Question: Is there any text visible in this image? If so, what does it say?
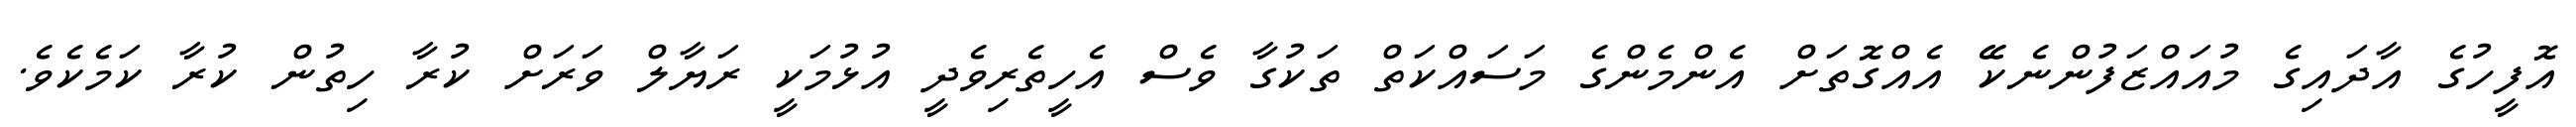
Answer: އޮފީހުގެ އާދައިގެ މުއައްޒަފުންނެކޭޭ އެއްގޮތަށް އެންމެންގެ މަސައްކަތް ތަކުގާ ވެސް އެހީތެރިވެދީ އުޅުމަކީ ރަޔާލް ވަރަށް ކުރާ ހިތުން ކުރާ ކަމެކެވެ.